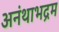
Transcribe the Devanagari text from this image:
अनंथाभद्रम